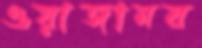
ওয়াজানয